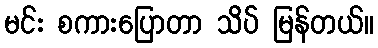
မင်း စကားပြောတာ သိပ် မြန်တယ်။